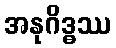
အနုဂိဒ္ဓဿ